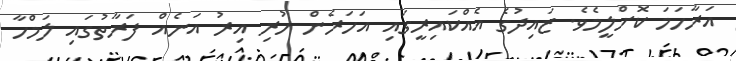
އަރާހަމަ ކޮށްލީމެވެ. ޒައިދުގެ އެއްކައިރީގައި އަހަރެން ހުރި އިރު އަނެއް ފަރާތުގައި ލަމްހާ